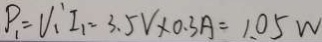
P _ { 1 } = V _ { 1 } ^ { \prime } I _ { 1 } = 3 . 5 V \times 0 . 3 A = 1 . 0 5 w